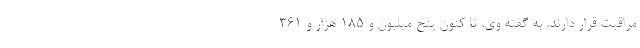
مراقبت قرار دارند. به گفته وی، تا کنون پنج میلیون و ۱۸۵ هزار و ۳۶۱